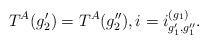
LaTeX: \begin{align*} T^A(g_2') = T^A(g_2''), i = i^{(g_1)}_{g_1', g_1''}.\end{align*}